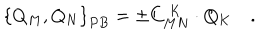
LaTeX: \left\{ Q _ { M } , Q _ { N } \right\} _ { P B } = \pm C _ { M N } ^ { \; K } \cdot Q _ { K } \quad .